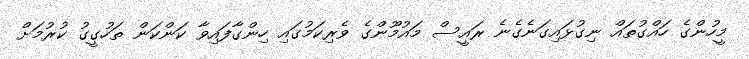
މީހުންގެ ހައްގުތައް ނިގުޅައިގަނެގެނެ ރައީސް މައުމޫންގެ ވެރިކަމުގައި ހިންގާފައިވާ ކަންކަން ތަހުގީގު ކުރުމަށް